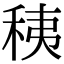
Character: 䄺